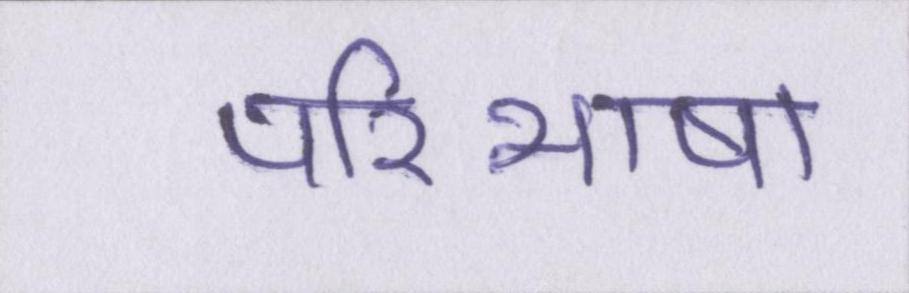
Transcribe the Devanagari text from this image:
परिभाषा